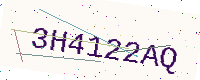
Text: 3H4122AQ